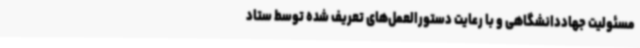
مسئولیت جهاددانشگاهی و با رعایت دستورالعمل‌های تعریف شده توسط ستاد